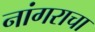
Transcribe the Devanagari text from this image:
नांगराचा